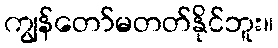
ကျွန်တော်မတတ်နိုင်ဘူး။